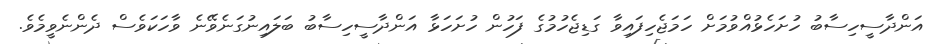
އަންދާސީހިސާބު ހުށަހެޅުއްވުމަށް ހަމަޖެހިފައިވާ ގަޑިޖެހުމުގެ ފަހުން ހުށަހަޅާ އަންދާސީހިސާބު ބަލައިނުގަނެވޭނެ ވާހަކަވެސް ދެންނެވީމެވެ.